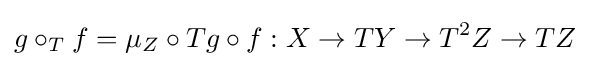
g\circ _{T}f=\mu _{Z}\circ Tg\circ f:X\to TY\to T^{2}Z\to TZ